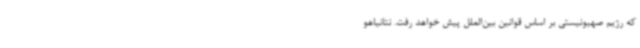
که رژیم صهیونیستی بر اساس قوانین بین‌الملل پیش خواهد رفت. نتانیاهو